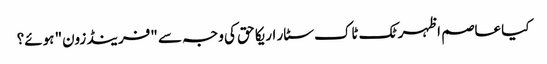
کیا عاصم اظہر ٹک ٹاک سٹار اریکا حق کی وجہ سے "فرینڈ زون" ہوئے؟